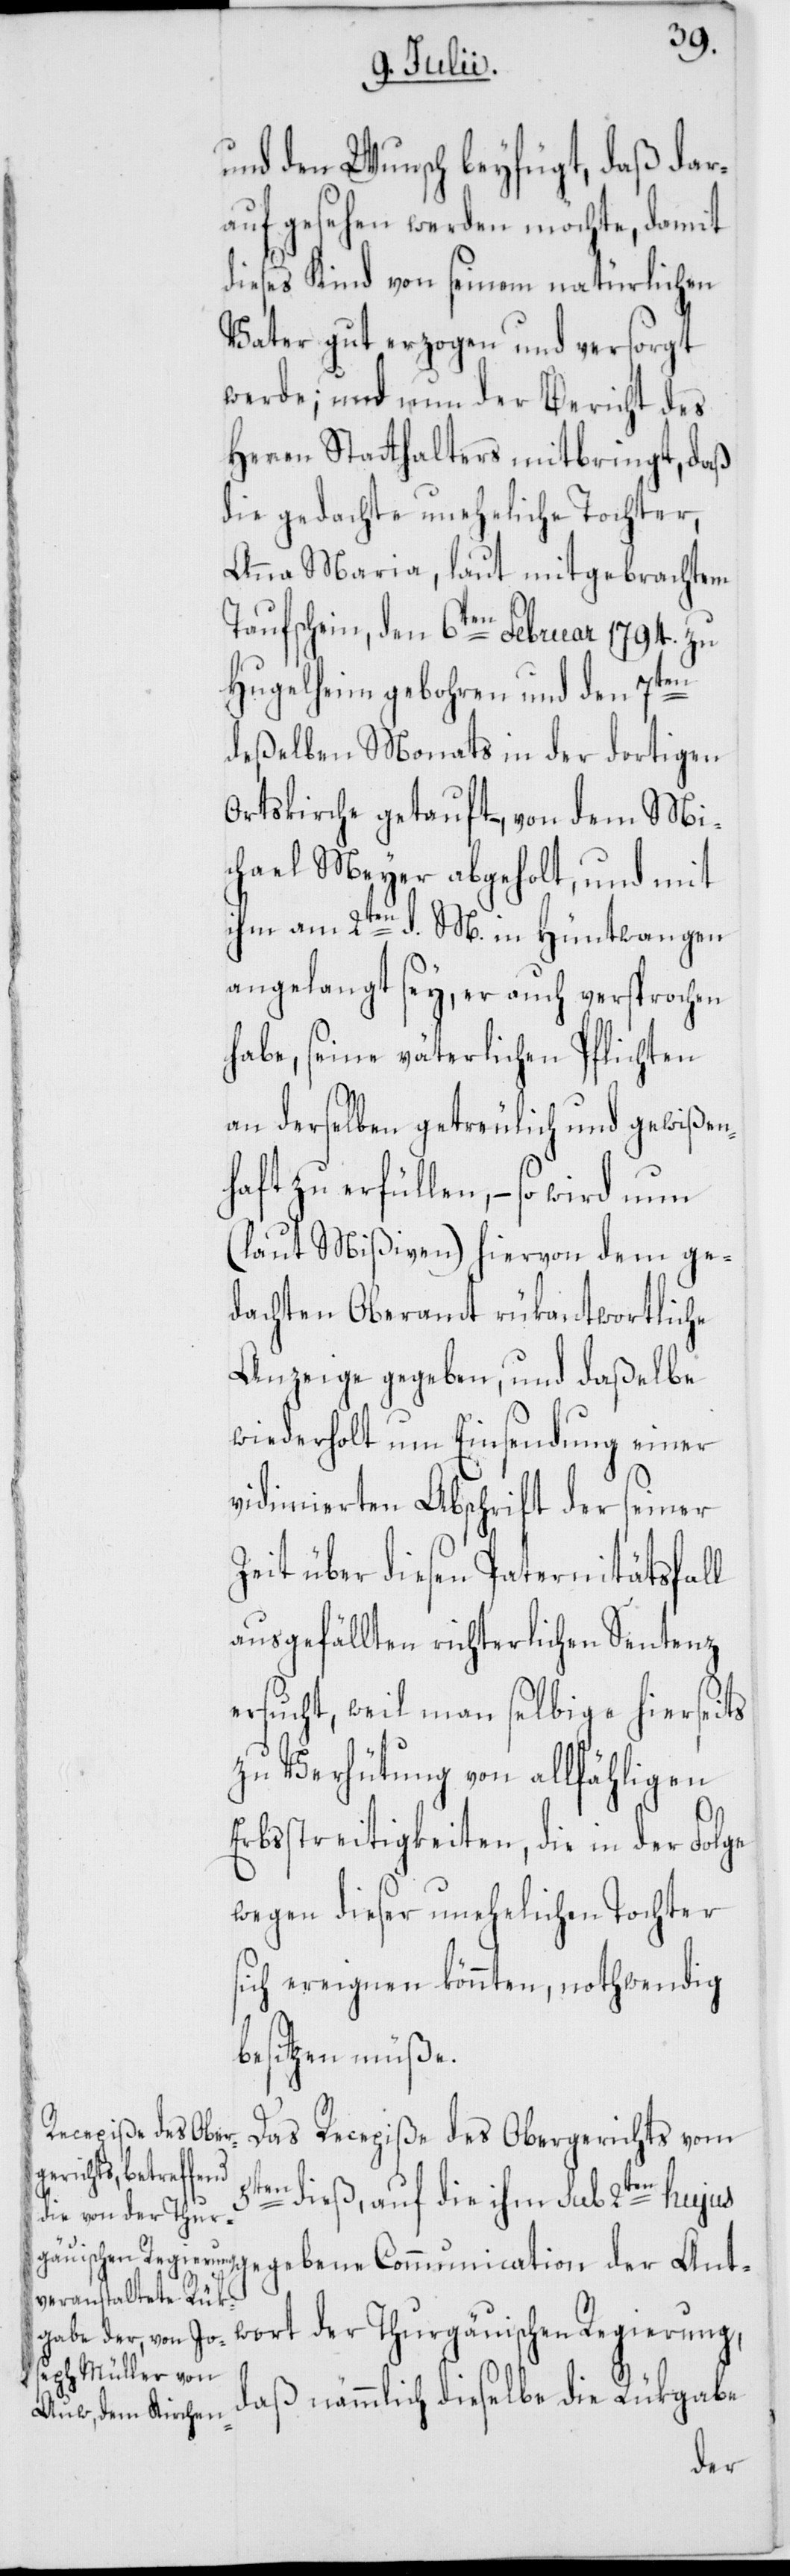
und den Wunsch beyfügt, daß dar¬
auf gesehen werden möchte, damit
dieses Kind von seinem natürlichen
Vater gut erzogen und versorgt
werde; und nun der Bericht des
Herren Statthalters mitbringt, daß
die gedachte uneheliche Tochter,
Anna Maria, laut mitgebrachtem
Taufschein, den 6ten Februar 1794. zu
Hugelheim gebohren und den 7ten
deßelben Monats in der dortigen
Ortskirche getauft –, von dem Mi¬
chael Meyer abgeholt, und mit
ihm am 2ten d. M. in Hüntwangen
angelangt sey, er auch versprochen
habe, seine väterlichen Pflichten
an derselben getreulich und gewißen¬
haft zu erfüllen, – so wird
(laut Mißiven) hiervon dem ge¬
dachten Oberamt rükantwortliche
Anzeige gegeben, und daßelbe
wiederholt um Einsendung einer
vidimierten Abschrift der seiner
Zeit über diesen Paternitätsfall
ausgefällten richterlichen Sentenz
ersucht, weil man selbige hierseits
zu Verhütung von allfähligen
Erbsstreitigkeiten, die in der Folge
wegen dieser unehelichen Tochter
sich ereignen könnten, nothwendig
besitzen müße.
Das Recepiße des Obergerichts vom
5ten dieß, auf die ihm sub 2ten hujus
Regierung, daß nämmlich dieselbe die Rükgabe
der